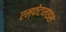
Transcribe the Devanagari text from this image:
एम्फेटामाइंस